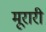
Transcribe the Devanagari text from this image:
मूरारी